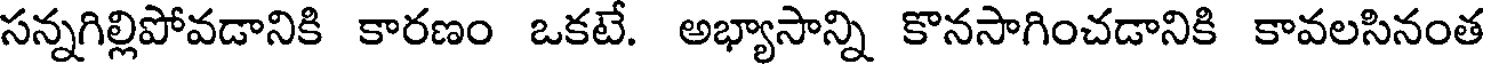
సన్నగిల్లిపోవడానికి కారణం ఒకటే. అభ్యాసాన్ని కొనసాగించడానికి కావలసినంత